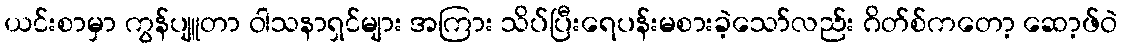
ယင်းစာမှာ ကွန်ပျူတာ ဝါသနာရှင်များ အကြား သိပ်ပြီးရေပန်းမစားခဲ့သော်လည်း ဂိတ်စ်ကတော့ ဆော့ဖ်ဝဲ